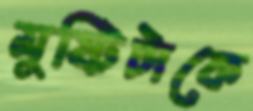
মুষ্টিটাকে